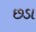
છડા